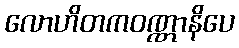
လောဟိတကဝဏ္ဏာနိပေ